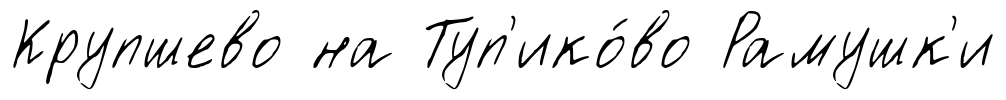
Крупшево на Туп'ико́во Рамушк'и